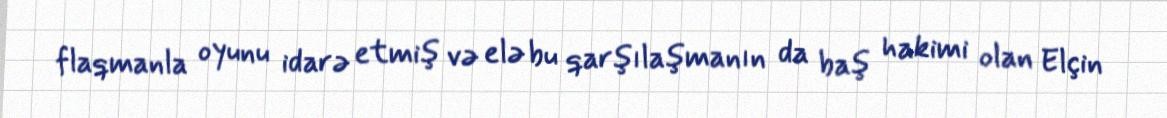
flaqmanla oyunu idarə etmiş və elə bu qarşılaşmanın da baş hakimi olan Elçin